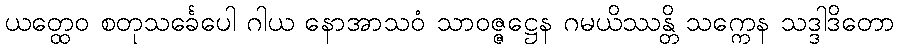
ယတ္ထေဝ စတုသင်္ခေပေါ ဂါယ နောအာသဝံ သာဝဇ္ဇဋ္ဌေန ဂမယိဿန္တိ သက္ကေန သဒ္ဒါဒိတော